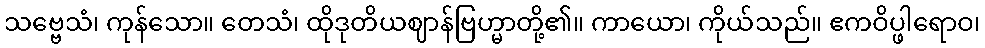
သဗ္ဗေသံ၊ ကုန်သော။ တေသံ၊ ထိုဒုတိယဈာန်ဗြဟ္မာတို့၏။ ကာယော၊ ကိုယ်သည်။ ဧကဝိပ္ဖါရောဝ၊